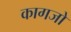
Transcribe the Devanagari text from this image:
कागजो